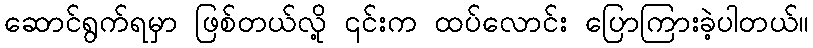
ဆောင်ရွက်ရမှာ ဖြစ်တယ်လို့ ၎င်းက ထပ်လောင်း ပြောကြားခဲ့ပါတယ်။